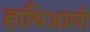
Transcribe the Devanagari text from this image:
हाथिआली